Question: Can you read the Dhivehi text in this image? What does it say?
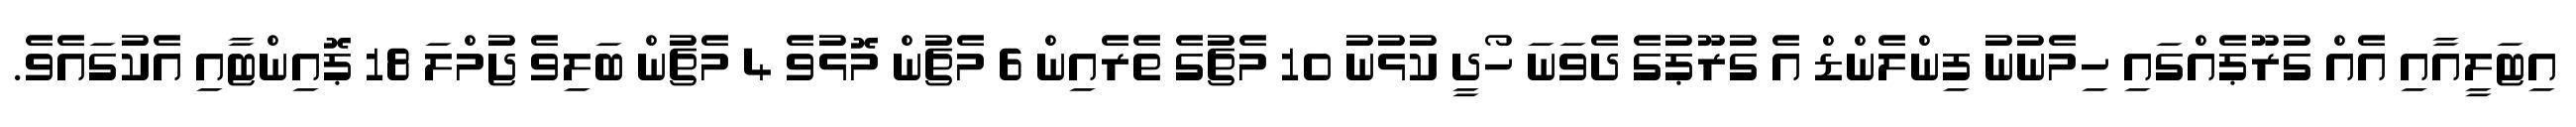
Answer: އިޓަލީއާއި އެއް ގުރޫޕެއްގައި ހިމެނުނު ފިންލެންޑް އެ ގުރޫޕުގެ ދެވަނަ ހޯދީ ކުޅުނު 10 މެޗުގެ ތެރެއިން 6 މެޗުން މޮޅުވެ 4 މެޗުން ބަލިވެ ޖުމްލަ 18 ޕޮއިންޓާއި އެކުގައެވެ.